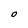
Character: O